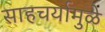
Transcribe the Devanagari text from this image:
साहचर्यामुळे